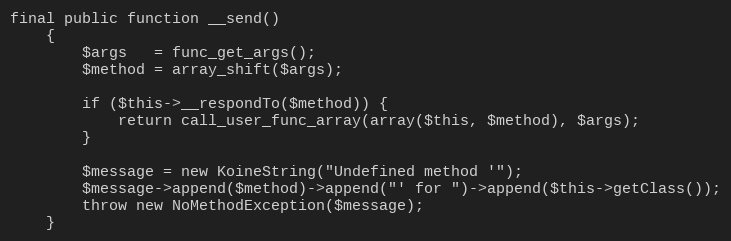
Language: PHP
final public function __send()
    {
        $args   = func_get_args();
        $method = array_shift($args);

        if ($this->__respondTo($method)) {
            return call_user_func_array(array($this, $method), $args);
        }

        $message = new KoineString("Undefined method '");
        $message->append($method)->append("' for ")->append($this->getClass());
        throw new NoMethodException($message);
    }